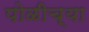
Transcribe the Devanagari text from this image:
पोळीच्या